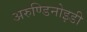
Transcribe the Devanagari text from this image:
अरुण्डिनोइडी